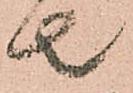
去